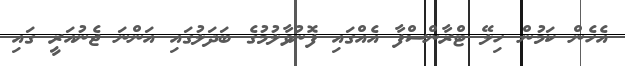
އެހެން ކަމުން ހިލޭ ޓްރާންސްފާ އެއްގައި ފޮނުވާލުމުގެ ބަދަލުގައި އަންނަ ޖެނުއަރީ ގައި